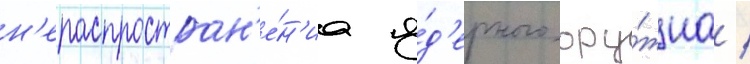
н'ераспростран'е́н'иа я́д'ерного ору́жиа /